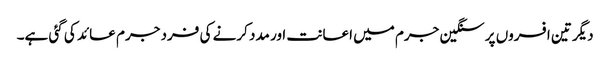
دیگر تین افسروں پر سنگین جرم میں اعانت اور مدد کرنے کی فرد جرم عائد کی گئی ہے۔